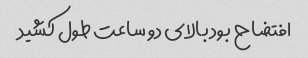
افتضاح بود بالاى دو ساعت طول کشید